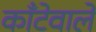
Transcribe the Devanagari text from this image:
काँटेवाले